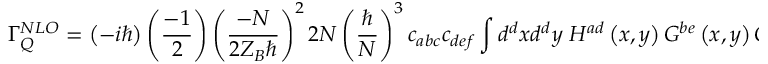
\Gamma _ { Q } ^ { N L O } = \left( - i \hbar \right) \left( \frac { - 1 } { 2 } \right) \left( \frac { - N } { 2 Z _ { B } \hbar } \right) ^ { 2 } 2 N \left( \frac { \hbar } { N } \right) ^ { 3 } c _ { a b c } c _ { d e f } \int d ^ { d } x d ^ { d } y \; H ^ { a d } \left( x , y \right) G ^ { b e } \left( x , y \right) G ^ { c f } \left( x , y \right)